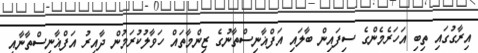
އިރާގުގައި ތިބި އަހަރެމެންގެ ސިފައިން ބާލައި އަފްޣާނިސްތާނުގެ ޒިންމާތައް ހަވާލުކުރަމުން ދާއިރު އަފްޣާނިސްތާނާއި